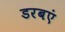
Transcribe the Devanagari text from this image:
डरबएं